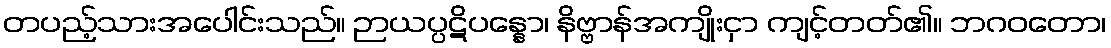
တပည့်သားအပေါင်းသည်။ ဉာယပ္ပဋိပန္နော၊ နိဗ္ဗာန်အကျိုးငှာ ကျင့်တတ်၏။ ဘဂဝတော၊